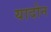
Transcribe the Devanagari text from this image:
यादोन